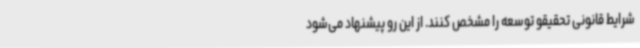
شرایط قانونی تحقیقو توسعه را مشخص کنند. از این‌ رو پیشنهاد می‌شود